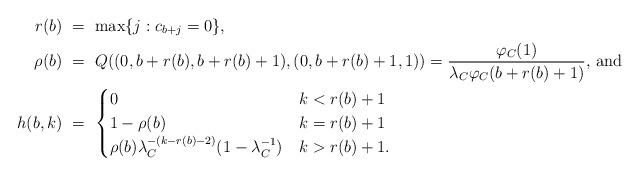
LaTeX: \begin{align*} r(b) &\ = \ \max\{j : c_{b+j} = 0\},~\\ \rho(b) &\ = \ Q ( (0,b+r(b),b+r(b)+1),(0,b+r(b)+1,1))= \frac{\varphi_C (1)}{\lambda_C \varphi_C(b+r(b)+1)}\mbox{, and }\\ h (b,k) &\ = \ \begin{cases} 0 & k < r (b)+1 \\ 1- \rho(b) & k = r(b)+1 \\ \rho (b) \lambda_C^{-(k-r(b)-2)}(1-\lambda_C^{-1}) & k> r(b)+1.\end{cases} \end{align*}